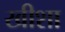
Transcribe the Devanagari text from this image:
खीशा